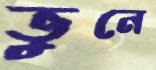
ভুনে